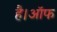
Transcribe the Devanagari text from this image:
है।ऑफ